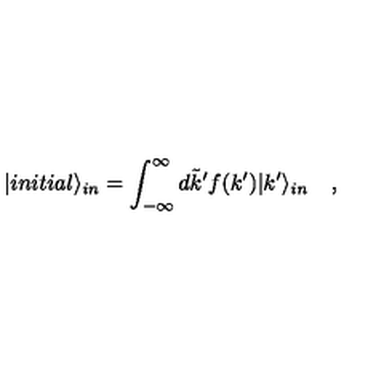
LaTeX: | i n i t i a l \rangle _ { i n } = \int _ { - \infty } ^ { \infty } d \tilde { k } ^ { \prime } f ( k ^ { \prime } ) | k ^ { \prime } \rangle _ { i n } \quad ,